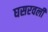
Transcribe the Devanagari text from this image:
घसरवली